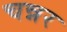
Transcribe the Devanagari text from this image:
चन्नर